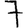
Digit: 7